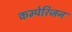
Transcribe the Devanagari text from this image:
कम्पेरिजन